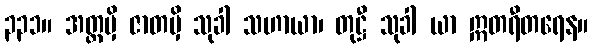
၃၃၁။ အတ္ထမှိ ဇာတမှိ သုခါ သဟာယာ၊ တုဋ္ဌီ သုခါ ယာ ဣတရီတရေန။